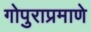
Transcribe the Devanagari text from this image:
गोपुराप्रमाणे